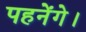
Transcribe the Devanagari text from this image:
पहनेंगे।